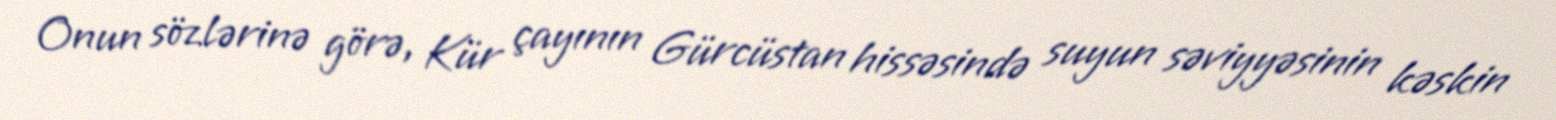
Onun sözlərinə görə, Kür çayının Gürcüstan hissəsində suyun səviyyəsinin kəskin